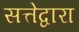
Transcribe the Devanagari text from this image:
सत्तेद्वारा